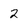
Character: 2